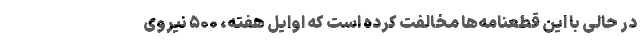
در حالی با این قطعنامه‌ها مخالفت کرده است که اوایل هفته، ۵۰۰ نیروی